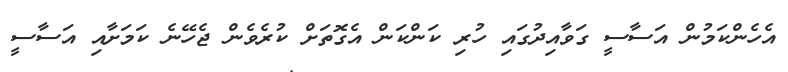
އެހެންކަމުން އަސާސީ ގަވާއިދުގައި ހުރި ކަންކަން އެގޮތަށް ކުރެވެން ޖެހޭނެ ކަމަށާއި އަސާސީ